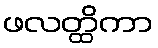
ဖလတ္ထိကာ